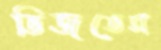
ভিজতেম